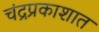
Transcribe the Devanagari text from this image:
चंद्रप्रकाशात